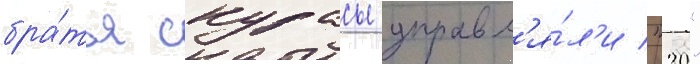
бра́тья скурасы управл'я́л'и "20"